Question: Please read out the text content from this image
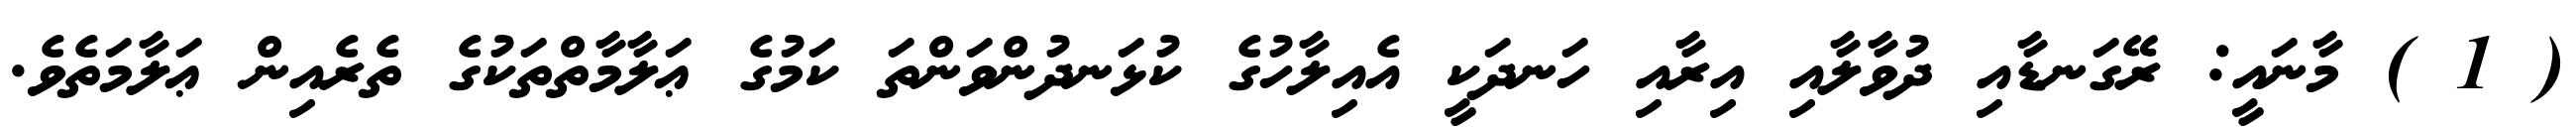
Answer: ( 1 ) މާނައީ: ރޭގަނޑާއި ދުވާލާއި އިރާއި ހަނދަކީ އެއިލާހުގެ ކުޅަނދުންވަންތަ ކަމުގެ ޢަލާމާތްތަކުގެ ތެރެއިން ޢަލާމަތެވެ.